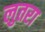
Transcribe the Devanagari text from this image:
लुतरा